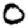
Digit: 0